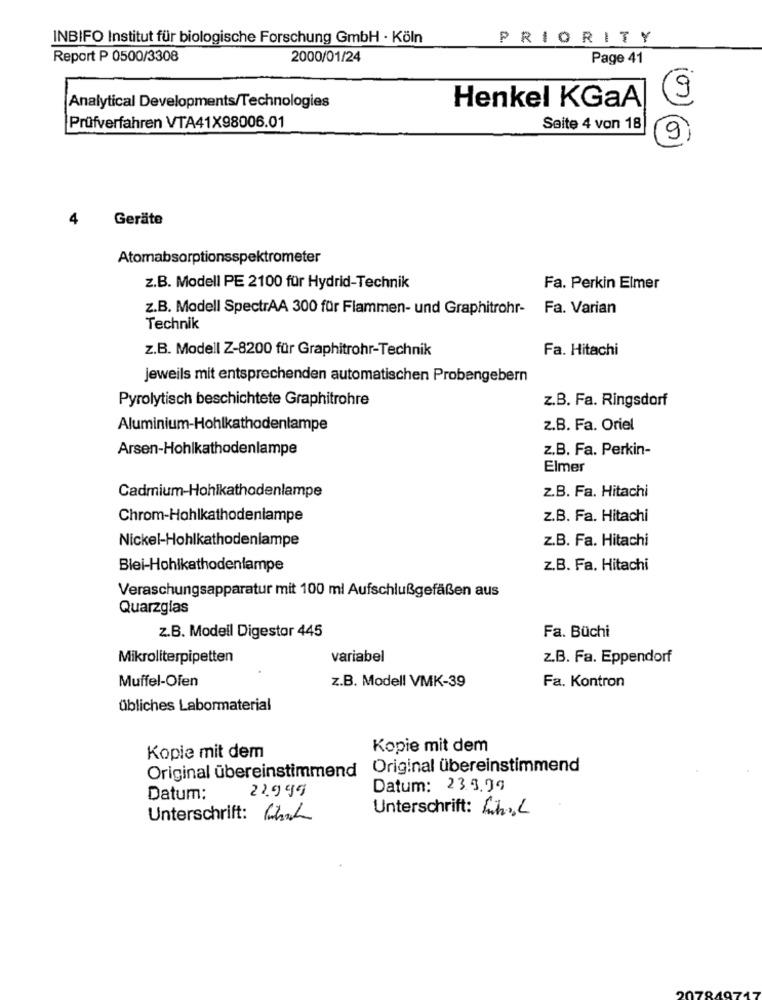
INBIFO Institut für biologische Forschung GmbH · Köln
PRIORITY
Report P 0500/3308
2000/01/24
Page 41
Henkel KGaA
Analytical Developments/Technologies
Prüfverfahren VTA41X98006.01
Seite 4 von 18
(07) 60
9)
4
Geräte
Atomabsorptionsspektrometer
z.B. Modell PE 2100 für Hydrid-Technik
Fa. Perkin Elmer
z.B. Modell SpectrAA 300 für Flammen- und Graphitrohr- Fa. Varian
Technik
z.B. Modell Z-8200 für Graphitrohr-Technik
Fa. Hitachi
jeweils mit entsprechenden automatischen Probengebern
Pyrolytisch beschichtete Graphitrohre
z.B. Fa. Ringsdorf
Aluminium-Hohlkathodenlampe
z.B. Fa. Oriel
Arsen-Hohlkathodenlampe
z.B. Fa. Perkin-
Elmer
Cadmium-Hohlkathodenlampe
z.B. Fa. Hitachi
Chrom-Hohlkathodenlampe
z.B. Fa. Hitachi
Nickel-Hohlkathodenlampe
z.B. Fa. Hitachi
Blei-Hohlkathodenlampe
z.B. Fa. Hitachi
Veraschungsapparatur mit 100 ml Aufschlußgefäßen aus
Quarzglas
Fa. Büchi
z.B. Modell Digestor 445
Mikroliterpipetten
variabel
z.B. Fa. Eppendorf
Muffel-Olen
z.B. Modell VMK-39
Fa. Kontron
übliches Labormaterial
Kopie mit dem
Kopie mit dem
Original übereinstimmend
Original übereinstimmend
22.999
Datum: 233.99
Datum:
Unterschrift: SchL
Unterschrift: Link